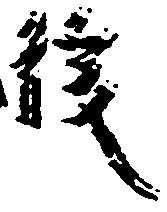
後